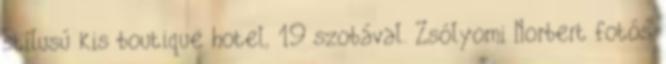
stílusú kis boutique hotel, 19 szobával. Zsólyomi Norbert fotós